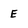
Character: E